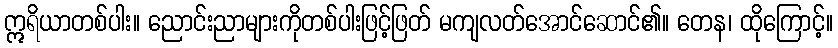
ဣရိယာတစ်ပါး။ ညောင်းညာများကိုတစ်ပါးဖြင့်ဖြတ် မကျလတ်အောင်ဆောင်၏။ တေန၊ ထိုကြောင့်။